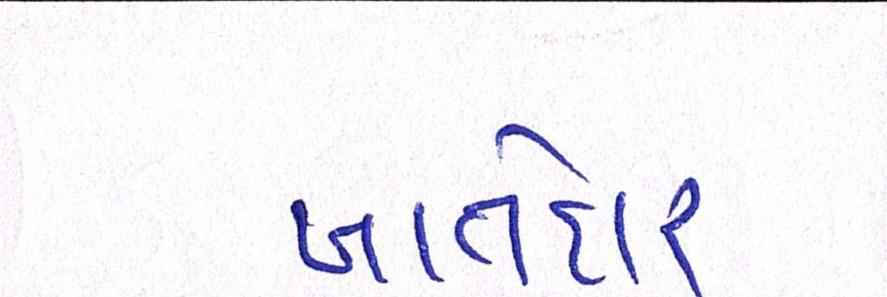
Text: ખાતેદાર